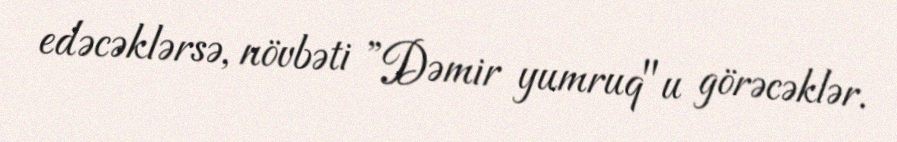
edəcəklərsə, növbəti ”Dəmir yumruq"u görəcəklər.